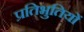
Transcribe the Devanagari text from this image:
प्रतिभुतियों